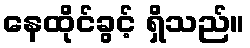
နေထိုင်ခွင့် ရှိသည်။